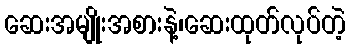
ဆေးအမျိုးအစားနဲ့၊ဆေးထုတ်လုပ်တဲ့